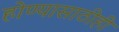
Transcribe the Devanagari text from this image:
होण्यासाठीही